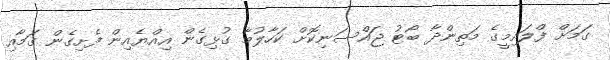
ގަމަށް ފްލައިމީގެ މަތިންދާ ބޯޓު ޖައްސަނިކޮށް ކަހާލުމާ ގުޅިގެން އިއްޔެއިން ފެށިގެން ގަމާއި